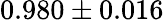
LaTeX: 0.980\pm 0.016